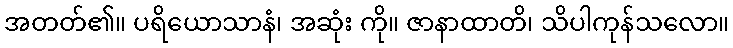
အတတ်၏။ ပရိယောသာနံ၊ အဆုံး ကို။ ဇာနာထာတိ၊ သိပါကုန်သလော။